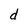
Character: d